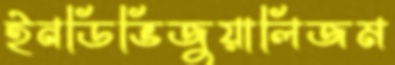
ইনডিভিজুয়ালিজম